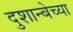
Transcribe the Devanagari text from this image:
दुशान्बेच्या